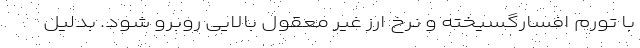
با تورم افسارگسیخته و‌ نرخ ارز غیر معقول بالایی روبرو شود. بدلیل